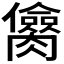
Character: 𰯥